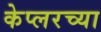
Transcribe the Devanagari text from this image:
केप्लरच्या